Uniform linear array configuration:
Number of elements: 64
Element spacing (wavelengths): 0.75
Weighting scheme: hamming
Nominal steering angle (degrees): -30
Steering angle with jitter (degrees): -30.366
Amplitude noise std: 0.05
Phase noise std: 0.05

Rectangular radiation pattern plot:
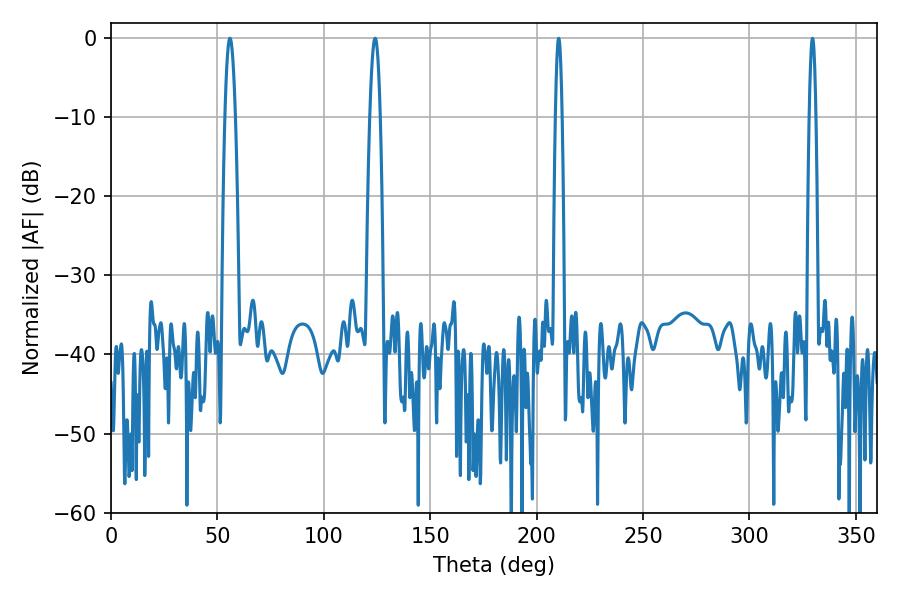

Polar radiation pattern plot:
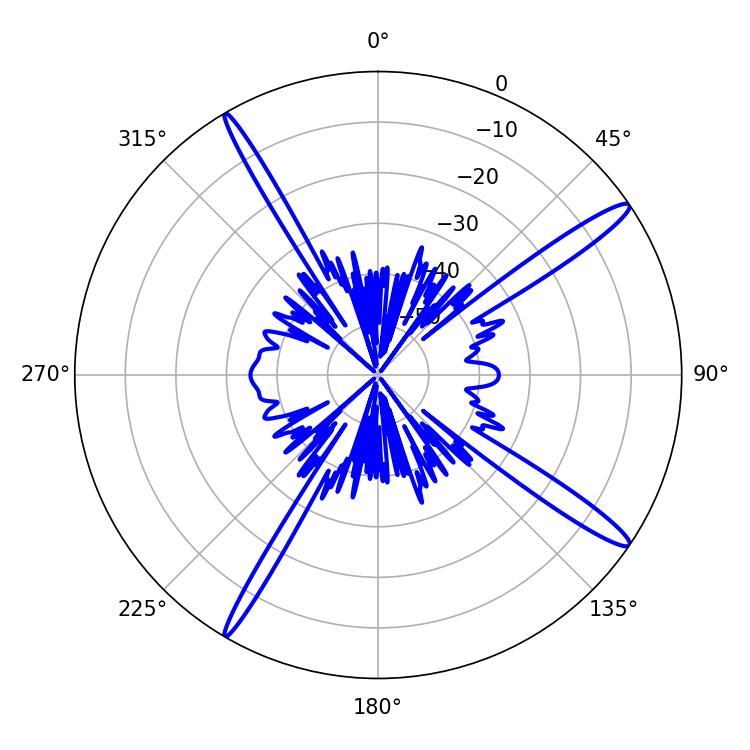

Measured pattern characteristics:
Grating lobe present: TRUE
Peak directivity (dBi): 15.883
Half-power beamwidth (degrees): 2.7
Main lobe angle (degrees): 55.8